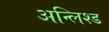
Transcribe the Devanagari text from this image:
अन्लिश्ड